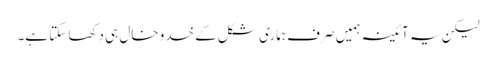
لیکن یہ آئینہ ہمیں صرف ہماری شکل کے خدو خال ہی دکھا سکتا ہے۔